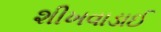
શીખવાડાઈ